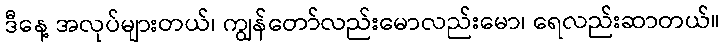
ဒီနေ့ အလုပ်များတယ်၊ ကျွန်တော်လည်းမောလည်းမော၊ ရေလည်းဆာတယ်။